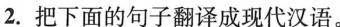
2.把下面的句子翻译成现代汉语。